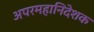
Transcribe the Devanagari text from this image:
अपरमहानिदेशक